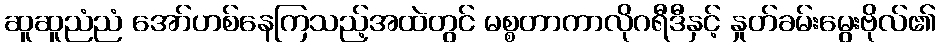
ဆူဆူညံညံ အော်ဟစ်နေကြသည့်အထဲတွင် မစ္စတာကာလိုဂရီဒီနှင့် နှုတ်ခမ်းမွေးဗိုလ်၏